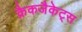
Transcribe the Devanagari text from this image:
क्रैकजैकेट्स